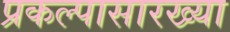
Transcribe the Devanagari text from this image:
प्रकल्पासारख्या